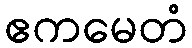
ဧကမေတံ